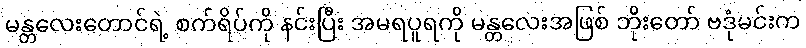
မန္တလေးတောင်ရဲ့ စက်ရိပ်ကို နင်းပြီး အမရပူရကို မန္တလေးအဖြစ် ဘိုးတော် ဗဒုံမင်းက